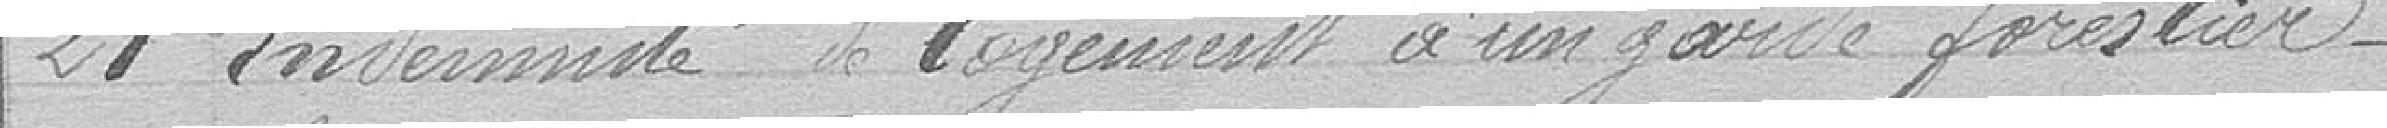
21 Indemnité de logement d'un garde forestier